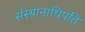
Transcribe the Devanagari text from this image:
संस्थानाधिपति